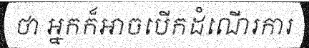
ថា អ្នកក៏អាចបើកដំណើរការ